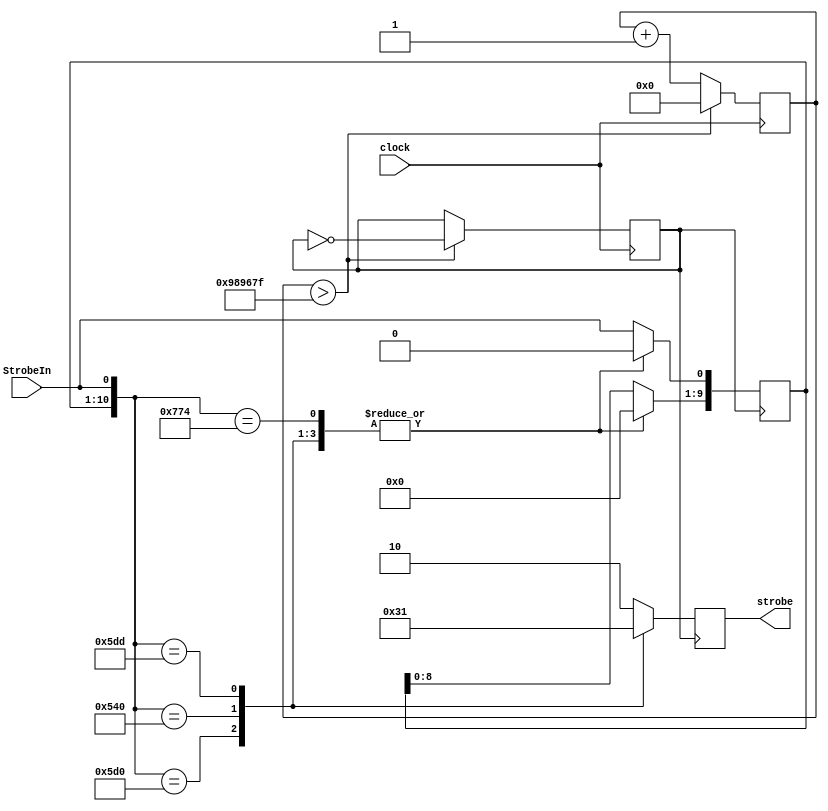
module StrobeSense(
input clock,
input StrobeIn,
output reg [1:0] strobe = 2'b00
//output reg [2:0] LED = 3'b000
);
 reg [27:0] StrobeCounter = 0;
 //reg [27:0] delay_counter = 0;
 reg [10:0]morse = 11'b00000000000;
 reg flip = 0;
 parameter GO = 11'b11101110100, STOP = 11'b10101000000, PAUSE = 11'b10111011101, RESUME = 11'b10111010000;


 always@(posedge clock) begin
    if(StrobeCounter > 9999999)// (10M) for 200 ms input signal (7.5 M for 150 ms, 5M for 100 ms)
         begin
            StrobeCounter <= 0;
            flip = !flip;
         end 
    else
            StrobeCounter <= StrobeCounter + 1;
 end

    always@ (posedge flip) begin
            morse = morse << 1; 
            morse[0] = StrobeIn;
            
            case(morse)
               RESUME: 
                    begin
                    strobe <= 2'b11;
                   // LED <= 3'b001;
                    morse <= 0;
                    end
               STOP:
                    begin
                    strobe <= 2'b00;
                    //LED <= 3'b000;
                    morse <= 0;
                    end
               PAUSE:
                    begin
                    strobe <= 2'b01;
                    //LED <= 3'b010;
                    morse <= 0;
                    end
               GO:
                    begin
                    strobe <= 2'b10;
                   // LED <= 3'b111;
                    morse <= 0;
                    end
                    
                    default begin
                    //morse = morse;
                    strobe = 2'b10;
                    end
     endcase
            
    end
 
endmodule